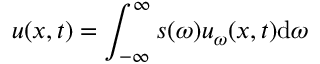
u ( x , t ) = \int _ { - \infty } ^ { \infty } s ( \omega ) u _ { \omega } ( x , t ) \mathrm { d } \omega